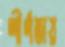
শীর্ণতায়